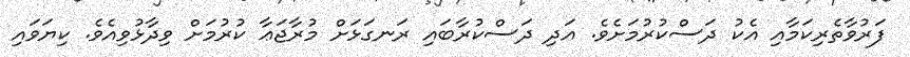
ފަރުވާތެރިކަމާއި އެކު ދަސްކުރުމަށެވެ. އަދި ދަސްކުރާބައި ރަނގަޅަށް މުރާޖަޢާ ކުރުމަށް ވިދާޅުވިއެވެ. ކިޔަވައި